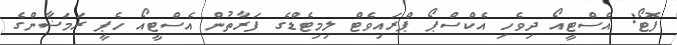
ފޮޓޯ: އެސްޓީއޯ ދިވެހި އެކްސްޕޯ ޕްރައިވެޓް ލިމިޓެޑްގެ ފަރާތުން އެސްޓީއޯ ހެޕީ ރަމަޟާންގެ